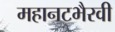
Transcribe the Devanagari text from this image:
महानटभैरवी